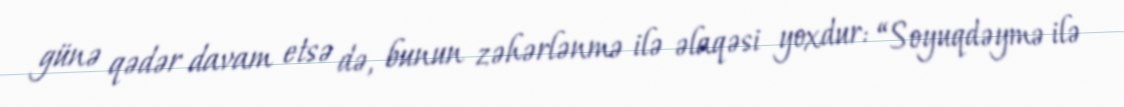
günə qədər davam etsə də, bunun zəhərlənmə ilə əlaqəsi yoxdur: “Soyuqdəymə ilə